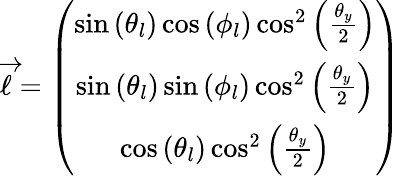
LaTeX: \begin{array}{r}{\overrightarrow{\ell}=\left(\begin{array}{c}{\sin\left(\theta_{l}\right)\cos\left(\phi_{l}\right)\cos^{2}\left(\frac{\theta_{y}}{2}\right)}\\ {\sin\left(\theta_{l}\right)\sin\left(\phi_{l}\right)\cos^{2}\left(\frac{\theta_{y}}{2}\right)}\\ {\cos\left(\theta_{l}\right)\cos^{2}\left(\frac{\theta_{y}}{2}\right)}\end{array}\right)}\end{array}